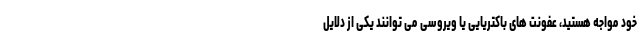
خود مواجه هستید، عفونت های باکتریایی یا ویروسی می توانند یکی از دلایل